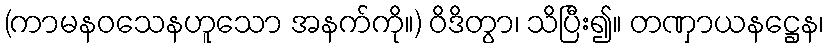
(ကာမနဝသေနဟူသော အနက်ကို။) ဝိဒိတွာ၊ သိပြီး၍။ တဏှာယနဋ္ဌေန၊